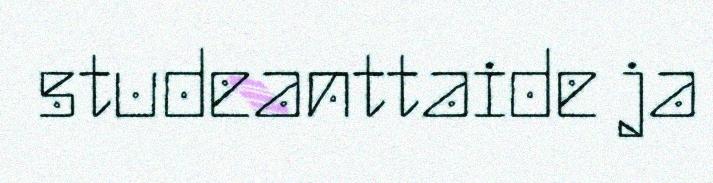
studeanttaide ja